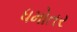
ધમોતર